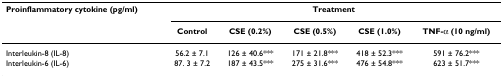
<table><thead><tr><td><b>Proinflammatory cytokine (pg/ml)</b></td><td colspan="5"><b>Treatment</b></td></tr><tr><td></td><td><b>Control</b></td><td><b>CSE (0.2%)</b></td><td><b>CSE (0.5%)</b></td><td><b>CSE (1.0%)</b></td><td><b>TNF-α (10 ng/ml)</b></td></tr></thead><tbody><tr><td>Interleukin-8 (IL-8)</td><td>56.2 ± 7.1</td><td>126 ± 40.6***</td><td>171 ± 21.8***</td><td>418 ± 52.3***</td><td>591 ± 76.2***</td></tr><tr><td>Interleukin-6 (IL-6)</td><td>87. 3 ± 7.2</td><td>187 ± 43.5***</td><td>275 ± 31.6***</td><td>476 ± 54.8***</td><td>623 ± 51.7***</td></tr></tbody></table>